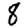
Digit: 8